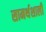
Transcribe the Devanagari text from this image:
सामर्थशाली